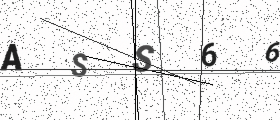
Text: ASS66